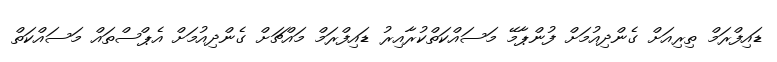
ޑައިފްރަމް ތިރިއަށް ގެންދިއުމަށް ފުންޕާމޭ މަސައްކަތްކުރާއިރު ޑައިފްރަމް މައްޗަށް ގެންދިއުމަށް އެޕްސްތައް މަސައްކަތް